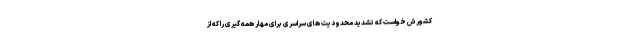
کشورش خواست که تشدید محدودیت های سراسری برای مهار همه گیری را که از